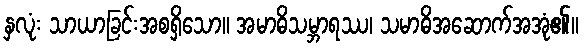
နှလုံး သာယာခြင်းအစရှိသော။ အမာဓိသမ္ဘာရဿ၊ သမာဓိအဆောက်အအုံ၏။